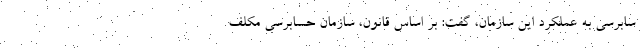
سابرسی به عملکرد این سازمان، گفت: بر اساس قانون، سازمان حسابرسی مکلف